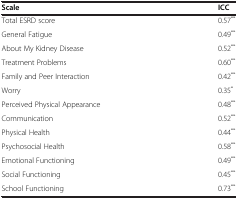
| Scale | ICC |
 | --- | --- |
 | Total ESRD score | 0.57** |
 | General Fatigue | 0.49** |
 | About My Kidney Disease | 0.52** |
 | Treatment Problems | 0.60** |
 | Family and Peer Interaction | 0.42** |
 | Worry | 0.35* |
 | Perceived Physical Appearance | 0.48** |
 | Communication | 0.52** |
 | Physical Health | 0.44** |
 | Psychosocial Health | 0.58** |
 | Emotional Functioning | 0.49** |
 | Social Functioning | 0.45** |
 | School Functioning | 0.73** |